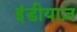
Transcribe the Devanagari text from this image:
इंडीयाज़